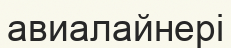
авиалайнері